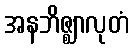
အနဘိဇ္ဈာလုတံ